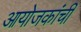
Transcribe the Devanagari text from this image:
आयोजकांची